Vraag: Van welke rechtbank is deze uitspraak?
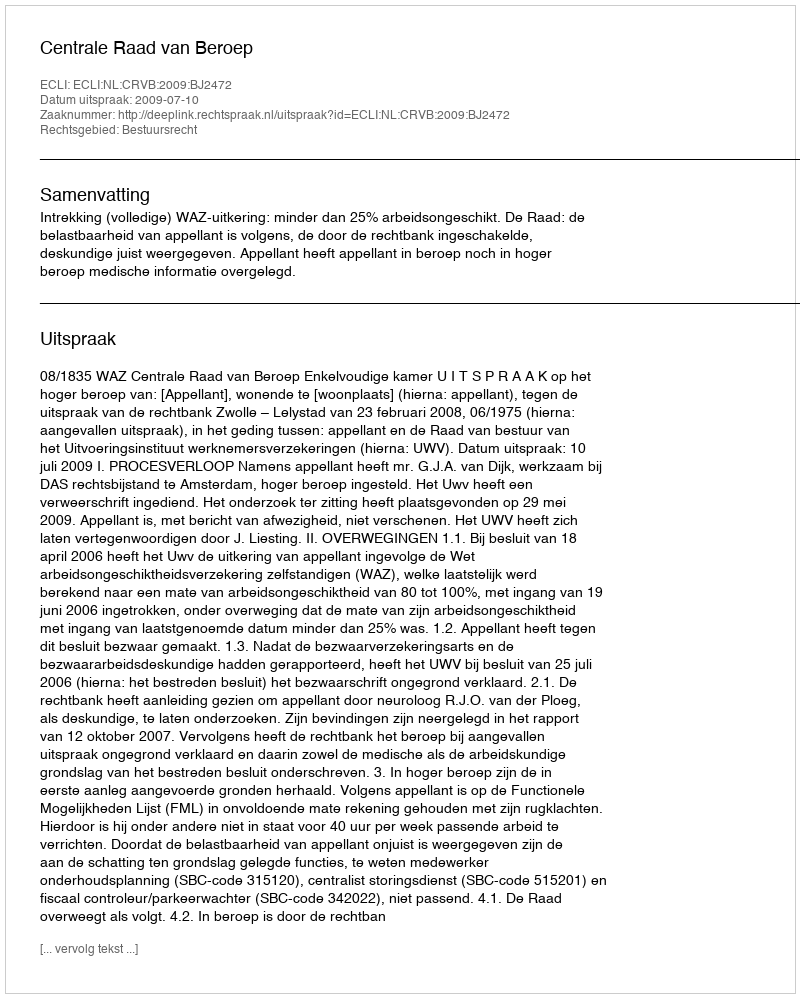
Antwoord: Centrale Raad van Beroep